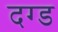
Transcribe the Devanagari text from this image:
दग्ड